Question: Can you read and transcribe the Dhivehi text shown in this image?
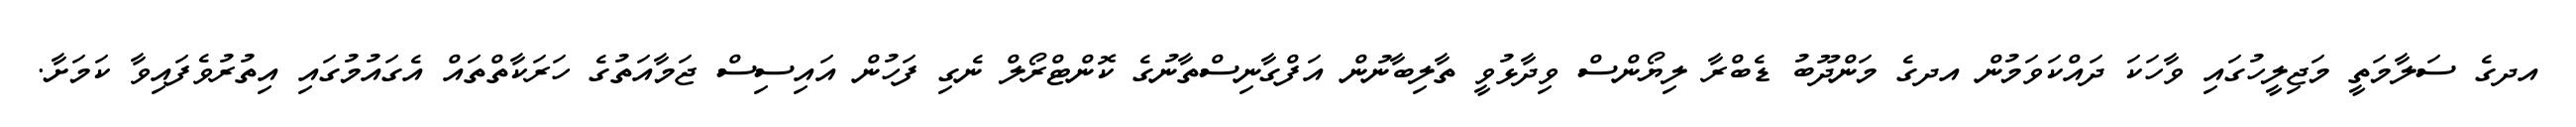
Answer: އދގެ ސަލާމަތީ މަޖިލީހުގައި ވާހަކަ ދައްކަވަމުން އދގެ މަންދޫބު ޑެބްރާ ލިޔޯންސް ވިދާޅުވީ ތާލިބާނުން އަފްގާނިސްތާނުގެ ކޮންޓްރޯލް ނެގި ފަހުން އައިސިސް ޖަމާއަތުގެ ހަރަކާތްތައް އެގައުމުގައި އިތުރުވެފައިވާ ކަމަށާ.